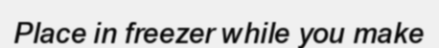
Place in freezer while you make